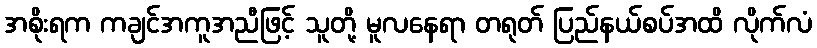
အစိုးရက ကချင်အကူအညီဖြင့် သူတို့ မူလနေရာ တရုတ် ပြည်နယ်စပ်အထိ လိုက်လံ